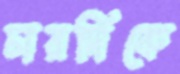
চারদিকে